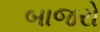
બાજરો